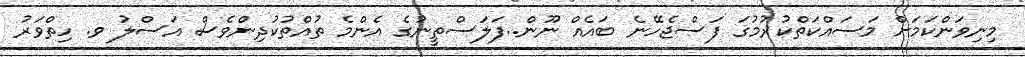
މިނިވަންކަމަށް މަސައްކަތްކުރުމުގަ ފަސްޖެހޭނެ ބައެއް ނޫން..ފަލަސްތީނުގެ އެންމެ ތުއްތުކުދިންވެސް އަސްލު ވ. ހިތްވަރު